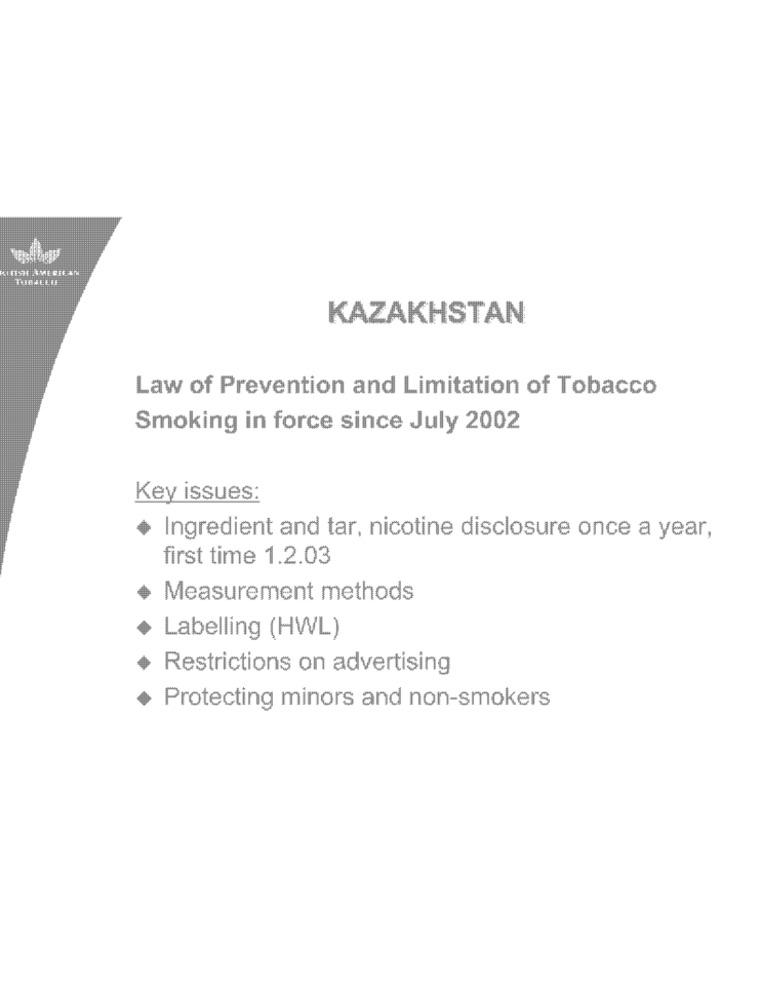
KAZAKHSTAN
Law of Prevention and Limitation of Tobacco
Smoking in force since July 2002
Key issues:
Ingredient and tar, nicotine disclosure once a year,
first time 1.2.03
Measurement methods
Labelling (HWL)
Restrictions on advertising
Protecting minors and non-smokers